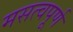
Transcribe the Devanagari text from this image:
मसत्वपूर्ण